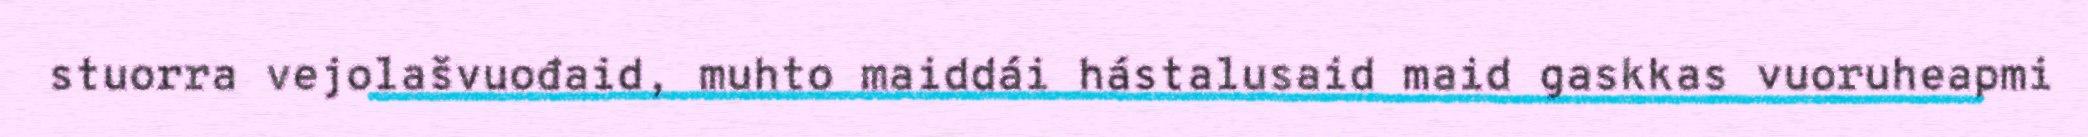
stuorra vejolašvuođaid, muhto maiddái hástalusaid maid gaskkas vuoruheapmi